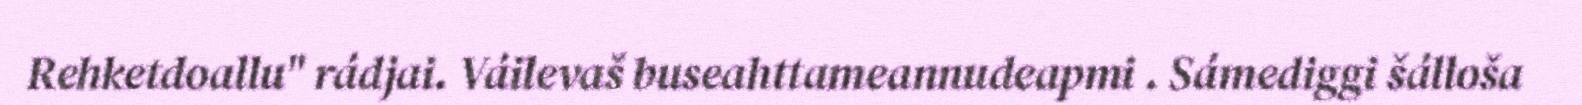
Rehketdoallu" rádjai. Váilevaš buseahttameannudeapmi . Sámediggi šálloša